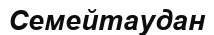
Семейтаудан